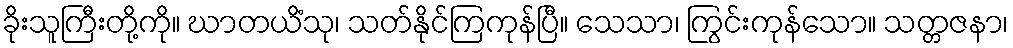
ခိုးသူကြီးတို့ကို။ ဃာတယိံသု၊ သတ်နိုင်ကြကုန်ပြီ။ သေသာ၊ ကြွင်းကုန်သော။ သတ္တဇနာ၊